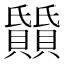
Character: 𬥰